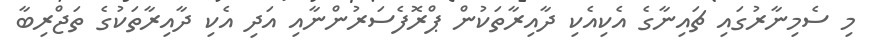
މި ސެމިނާރުގައި ޗައިނާގެ އެކިއެކި ދާއިރާތަކުން ޕްރޮފެސަރުންނާއި އަދި އެކި ދާއިރާތަކުގެ ތަޖްރިބާ